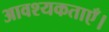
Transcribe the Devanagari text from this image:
आवश्यकताएँ।